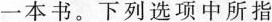
一本书。下列选项中所指